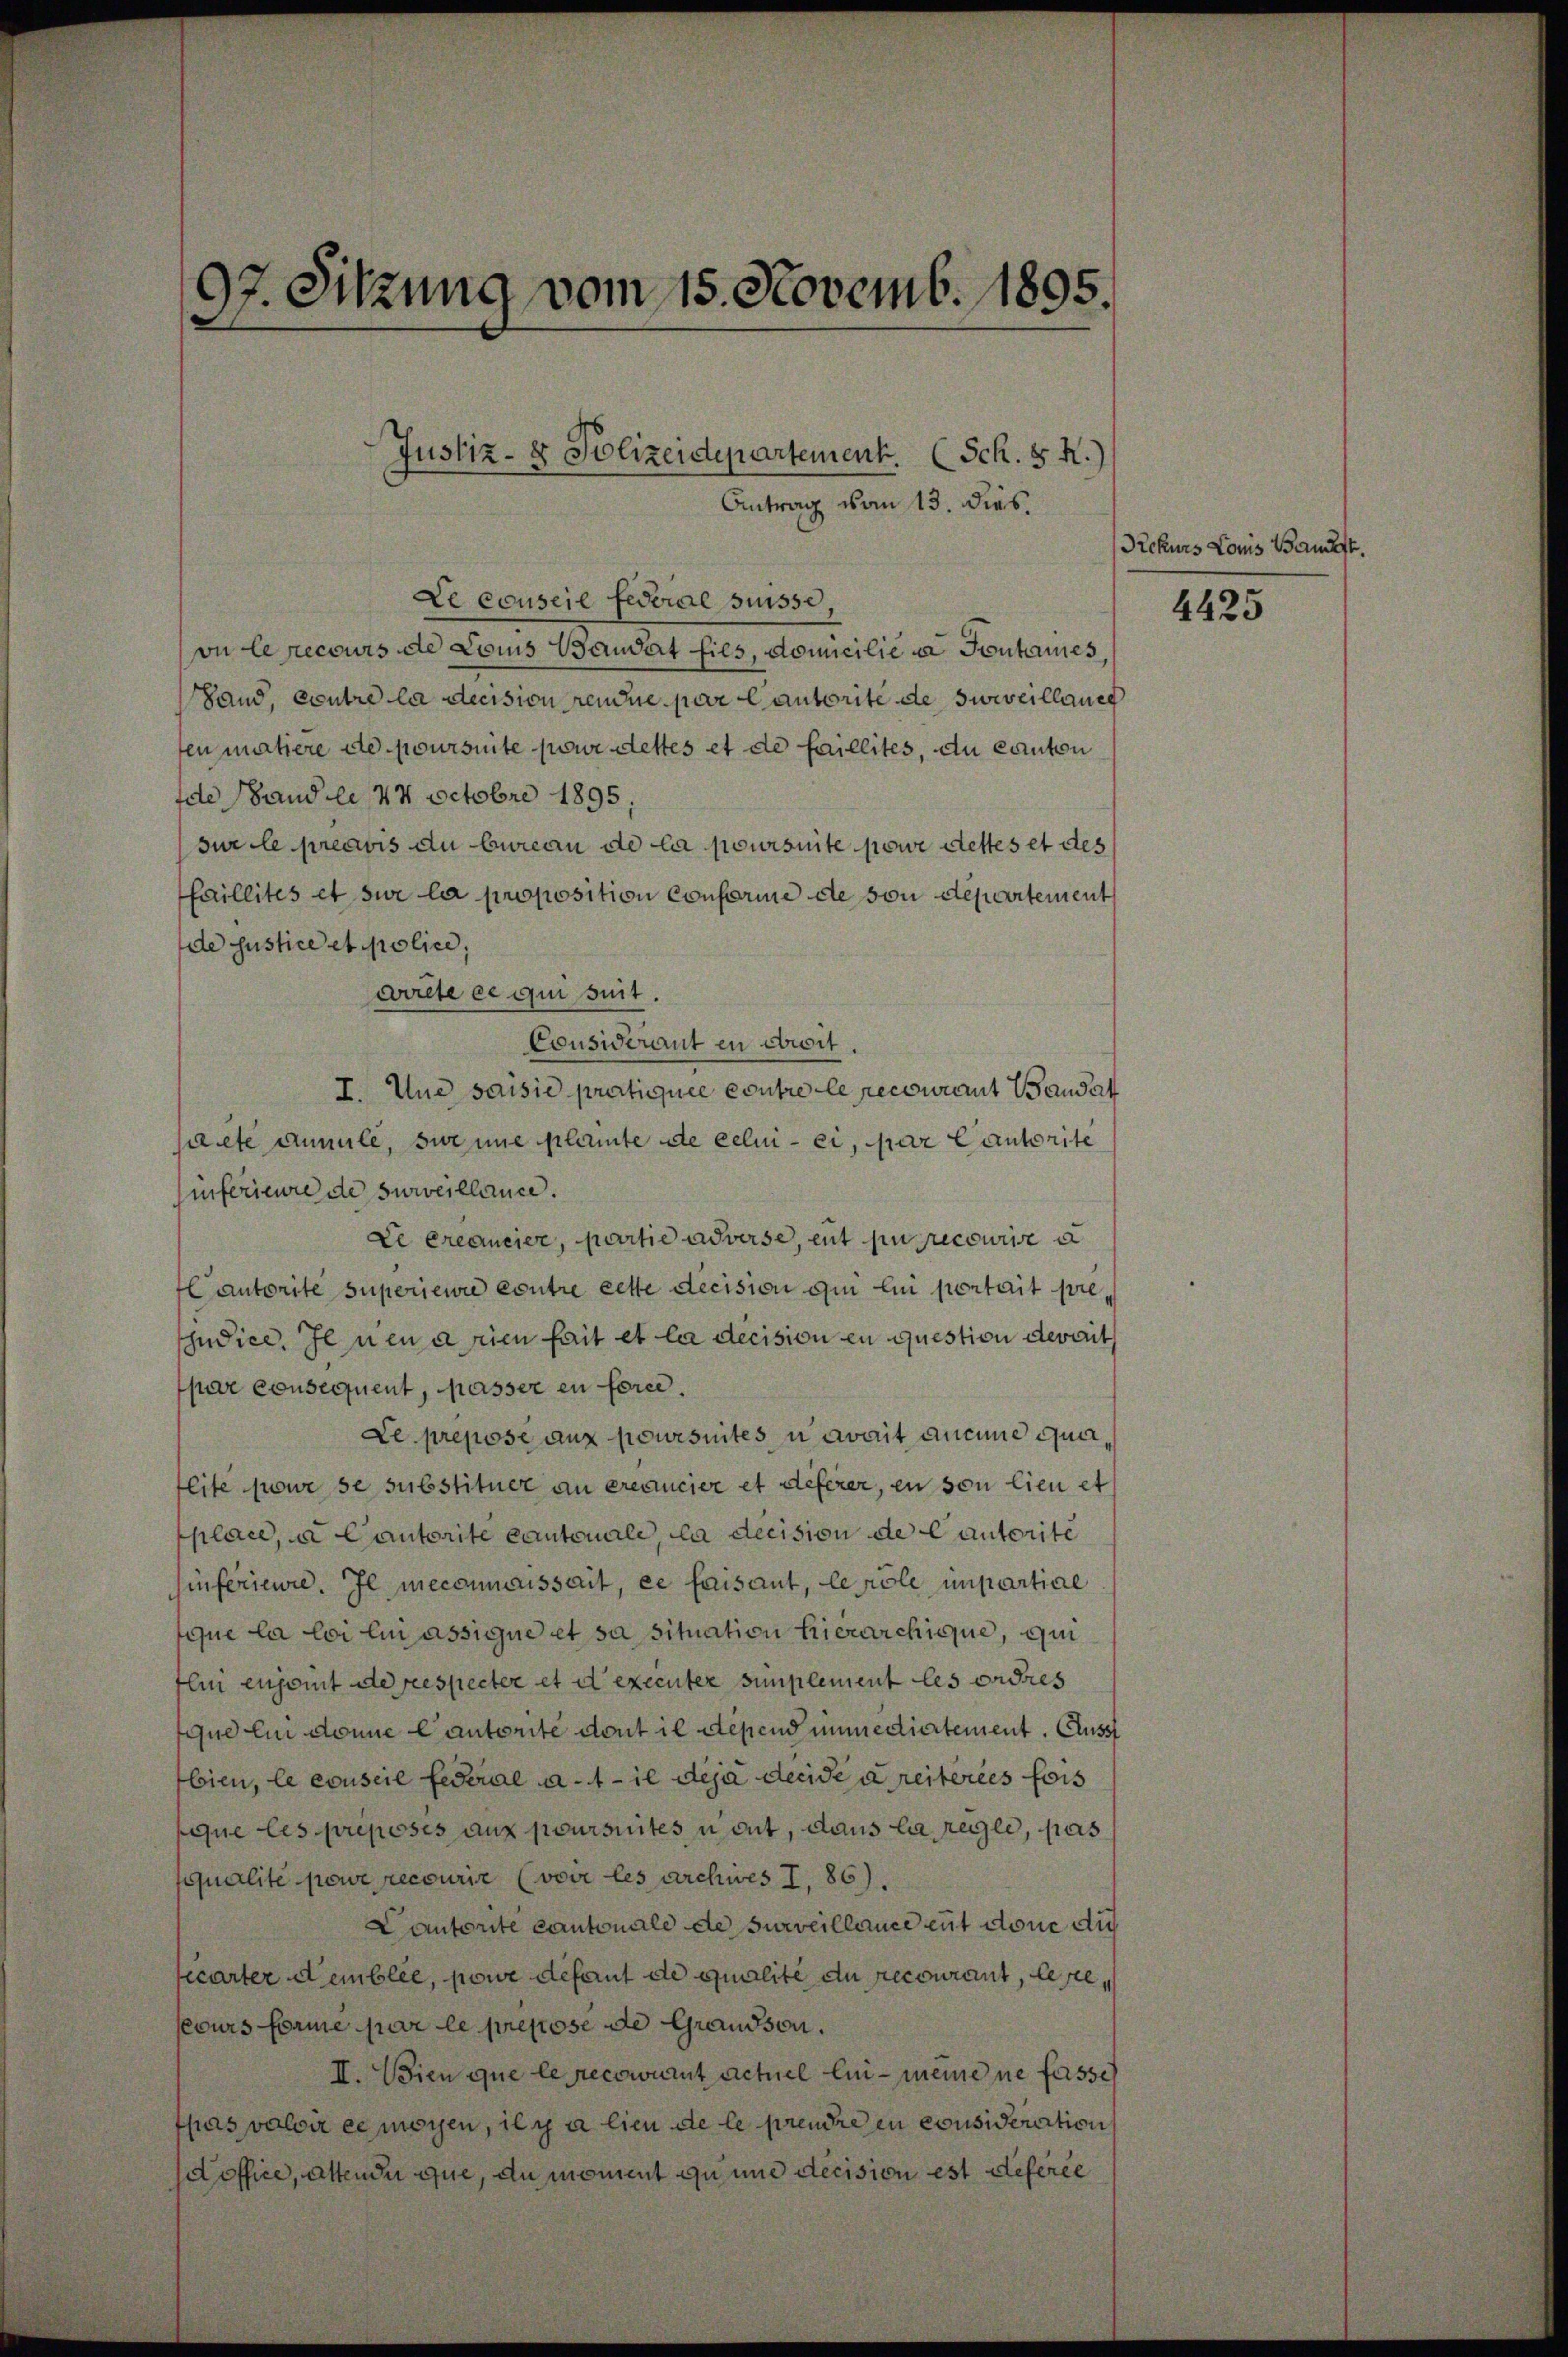
97. Sitzung vom 15. Novemb. 1895.

Le consere Federal Suisse,
vu le recours de Lois Mandat fils, domicilie in Sontaines,
Land, contre la decision reine par Cantorité de surveillauch
ten matière de poursuite pour dettes et de faillites, du canton
de Handle, 24 Octobre 1895.
sur le préavis du bureau de la poursuite powe Stettes et des
faillites et sur la proposition conforme de von departement
de Justice et police,
crite ce qui suit.
Considerant en crit.
I. Und saisie pratiquée contre le recourant Handat
ncte cumule, seine plante de cele - er, par lautorite
inferieure de surveillance.
Le créancier, partie adverse, ent pu recourire d
autorite superiewie contre cette decision qui en portait prejudice. Il neuanien fait et la decision en question devait
par consequent, passer en force.
Le prepose aux poursuites u avait aucune qui,
lite pour se substituer au créancier et deferer, en von lieu et
place, a Cantorite Cantonale, da decision de Cautorité
sinferieure. Je meconnaissait, es faisant, le pole unpartial
sque la loi lui assigne et sa situation hierarchique, qui
Ilin enjoint de respecter et d executer simplement les ordres
que ein donne Cautorite dont il deßend immediatement. Ausst
bien, le conseil federal d. 4 - il déjà decide a reiteres fois
que les preposés aux poursintes u ont, dans la regle, pas
squalité powe recourir (voir les archives I, 86)
Cautorite cantonale de surveillance ent done die
carter demblée, pour défaut de qualite du recourant, lesejours forme par le prepose de Grandson.
II. Wien que le recowinnt actuel lui - meine ne fasse
fpas valoir ce moyen, il y a lieu de le prendre en consideration
doffice, altende que, du moment qu und decision est deferie

Justiz- & Polizeidepartement. (Sch. S. R.)
Antrag vom 13. dies.

Rekurs Louis Bankst.

4425